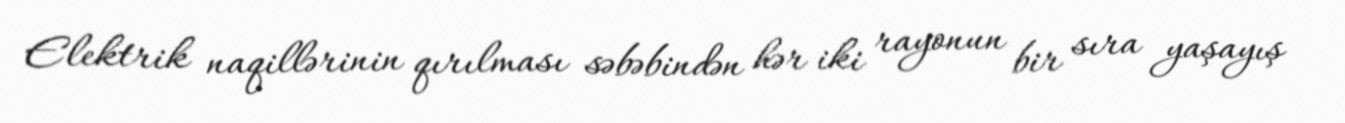
Elektrik naqillərinin qırılması səbəbindən hər iki rayonun bir sıra yaşayış